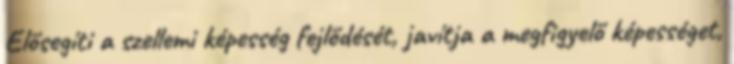
Elősegíti a szellemi képesség fejlődését, javítja a megfigyelő képességet,